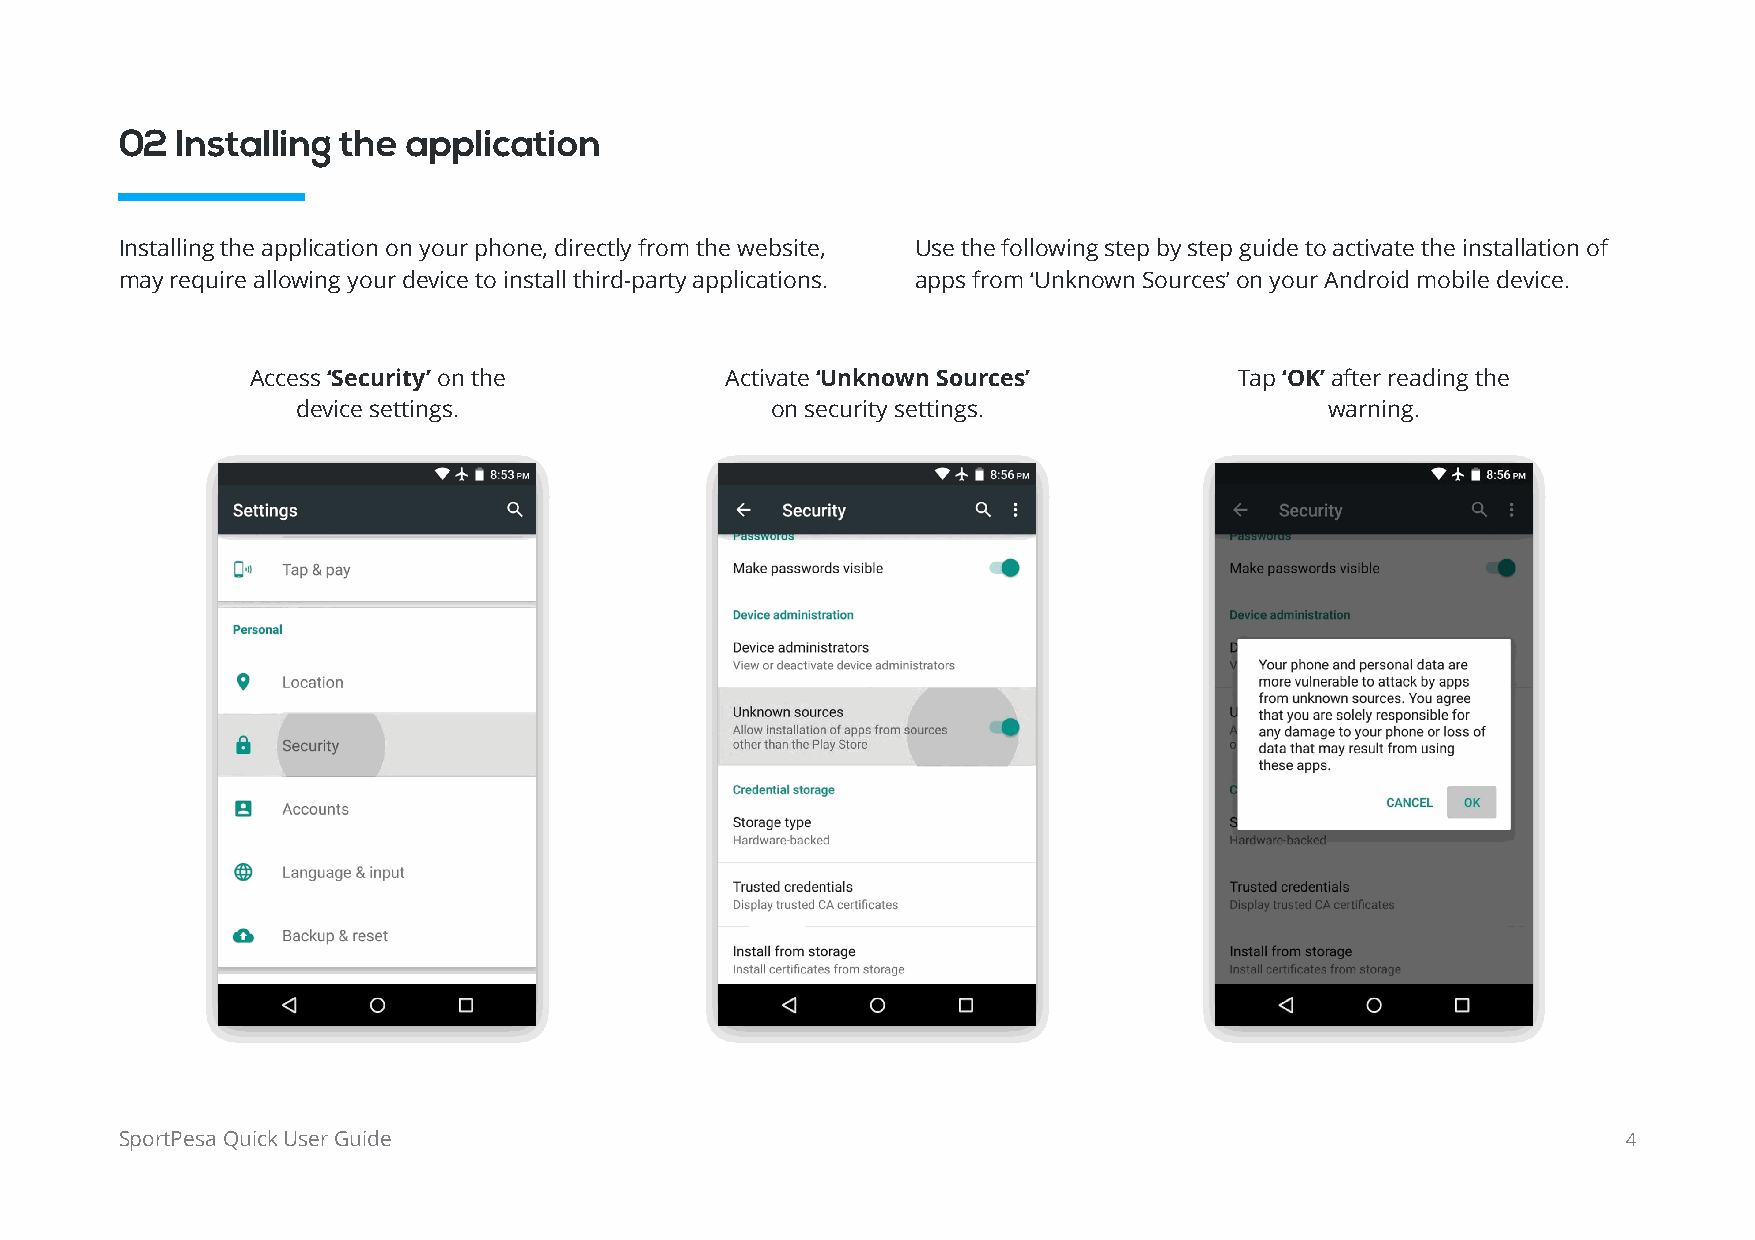
02  Installing the application
 Installing the application on your phone, directly from the website, Use the following step by step guide to activate the installation of
 may require allowing your device to install third-party applications. apps from ‘Unknown Sources’ on your Android mobile device.
 Access ‘Security’ on the       Activate ‘Unknown Sources’        Tap ‘OK’ after reading the
 device settings.               on security settings.                warning.
 SportPesa Quick User Guide                                                                          4